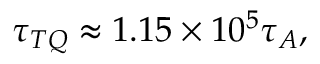
\tau _ { T Q } \approx 1 . 1 5 \times 1 0 ^ { 5 } \tau _ { A } ,